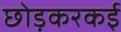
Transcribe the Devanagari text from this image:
छोड़करकई